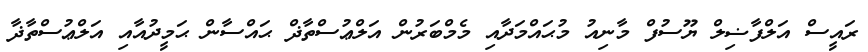
ރައީސް އަލްފާޟިލް ޔޫސުފް މާނިއު މުޙައްމަދާއި މެމްބަރުން އަލްޢުސްތާޛް ޙައްސާން ޙަމީދުއާއި އަލްޢުސްތާޛާ